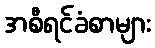
အစီရင်ခံစာများ